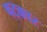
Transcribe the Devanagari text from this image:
षट्‌कार